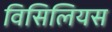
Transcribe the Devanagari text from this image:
विसिलियस